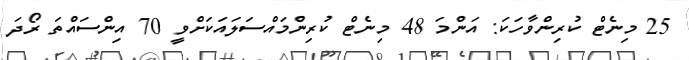
25 މިނެޓް ކުރިންވާހަކަ: އަންމަ 48 މިނެޓް ކުރިންމައްސަލައަކަށްވީ 70 އިންސައްތަ ރޯދަ